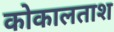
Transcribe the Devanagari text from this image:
कोकालताश